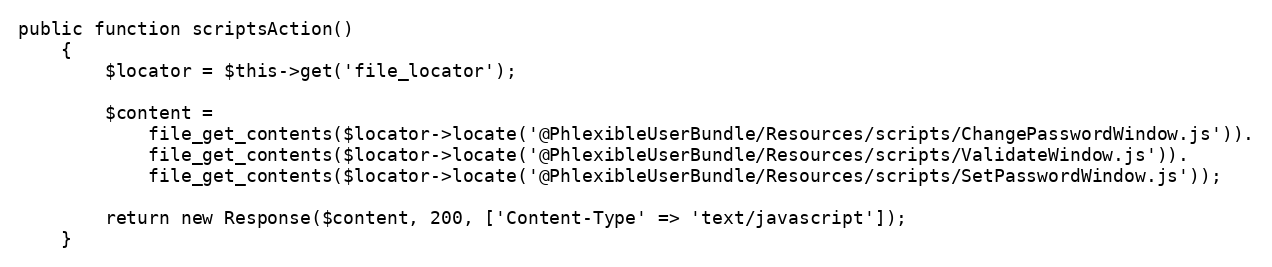
Language: PHP
public function scriptsAction()
    {
        $locator = $this->get('file_locator');

        $content =
            file_get_contents($locator->locate('@PhlexibleUserBundle/Resources/scripts/ChangePasswordWindow.js')).
            file_get_contents($locator->locate('@PhlexibleUserBundle/Resources/scripts/ValidateWindow.js')).
            file_get_contents($locator->locate('@PhlexibleUserBundle/Resources/scripts/SetPasswordWindow.js'));

        return new Response($content, 200, ['Content-Type' => 'text/javascript']);
    }